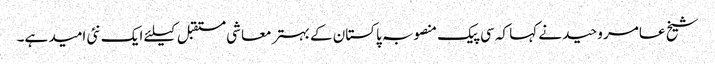
شیخ عامر وحید نے کہا کہ سی پیک منصوبہ پاکستان کے بہتر معاشی مستقبل کیلئے ایک نئی امید ہے۔